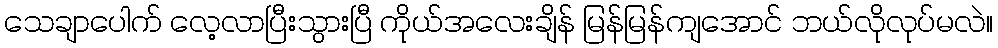
သေချာပေါက် လေ့လာပြီးသွားပြီ ကိုယ်အလေးချိန် မြန်မြန်ကျအောင် ဘယ်လိုလုပ်မလဲ။